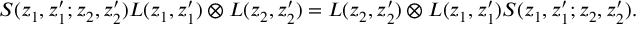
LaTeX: S ( z _ { 1 } , z _ { 1 } ^ { \prime } ; z _ { 2 } , z _ { 2 } ^ { \prime } ) L ( z _ { 1 } , z _ { 1 } ^ { \prime } ) \otimes L ( z _ { 2 } , z _ { 2 } ^ { \prime } ) = L ( z _ { 2 } , z _ { 2 } ^ { \prime } ) \otimes L ( z _ { 1 } , z _ { 1 } ^ { \prime } ) S ( z _ { 1 } , z _ { 1 } ^ { \prime } ; z _ { 2 } , z _ { 2 } ^ { \prime } ) .